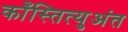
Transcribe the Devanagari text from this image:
काँस्तित्युअंत